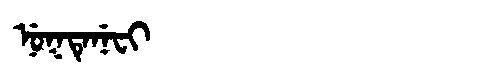
Manchu: ᠨᡠᡴᡨᡝᠨᡝᠸᡳ
Romanization: NUKTENEFI